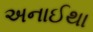
અનાઈથા